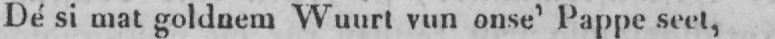
Dé si mat goldnem Wuurt vun onse’ Pappe seet,